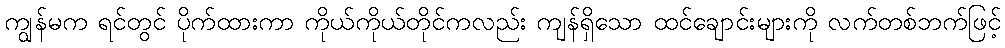
ကျွန်မက ရင်တွင် ပိုက်ထားကာ ကိုယ်ကိုယ်တိုင်ကလည်း ကျန်ရှိသော ထင်ချောင်းများကို လက်တစ်ဘက်ဖြင့်